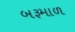
બરૂમાળ